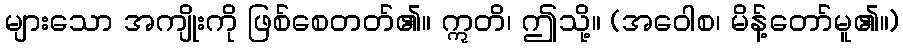
များသော အကျိုးကို ဖြစ်စေတတ်၏။ ဣတိ၊ ဤသို့။ (အဝေါစ၊ မိန့်တော်မူ၏။)